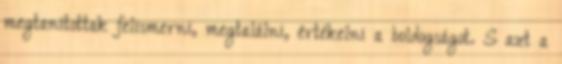
megtanítottak felismerni, megtalálni, értékelni a boldogságot. S azt a